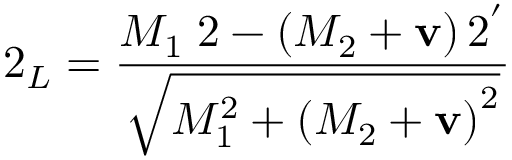
2 _ { L } = \frac { M _ { 1 } \; 2 - \left( M _ { 2 } + { \bf v } \right) 2 ^ { ' } } { \sqrt { M _ { 1 } ^ { 2 } + \left( M _ { 2 } + { \bf v } \right) ^ { 2 } } }